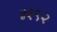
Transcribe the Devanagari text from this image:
४१९२